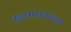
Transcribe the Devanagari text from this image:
हैदराबादजवळच्या